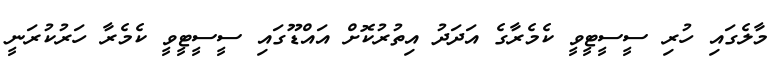
މާލެގައި ހުރި ސީސީޓީވީ ކެމެރާގެ އަދަދު އިތުރުކޮށް އައްޑޫގައި ސީސީޓީވީ ކެމެރާ ހަރުކުރަނީ